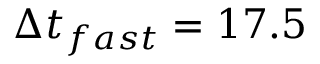
\Delta t _ { f a s t } = 1 7 . 5